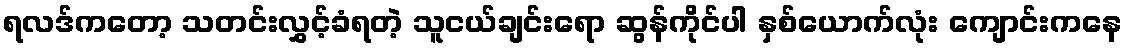
ရလဒ်ကတော့ သတင်းလွှင့်ခံရတဲ့ သူငယ်ချင်းရော ဆွန်ကိုင်ပါ နှစ်ယောက်လုံး ကျောင်းကနေ